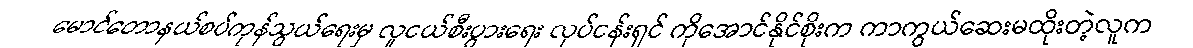
မောင်တောနယ်စပ်ကုန်သွယ်ရေးမှ လူငယ်စီးပွားရေး လုပ်ငန်းရှင် ကိုအောင်နိုင်စိုးက ကာကွယ်ဆေးမထိုးတဲ့လူက